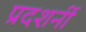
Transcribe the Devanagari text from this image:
प्रदशर्नी